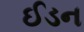
ઈડન